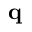
\textbf { q }